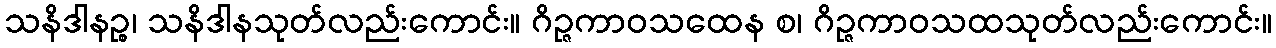
သနိဒါနဉ္စ၊ သနိဒါနသုတ်လည်းကောင်း။ ဂိဉ္ဇကာဝသထေန စ၊ ဂိဉ္ဇကာဝသထသုတ်လည်းကောင်း။